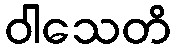
ဝါသေတိ